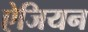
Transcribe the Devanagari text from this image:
ऐजियन